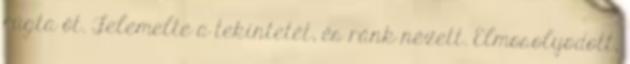
rúgta őt. Felemelte a tekintetét, és ránk nézett. Elmosolyodott,